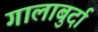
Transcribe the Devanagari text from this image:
गालाबुर्दा